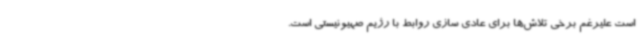
است علیرغم برخی تلاش‌ها برای عادی سازی روابط با رژیم صهیونیستی است.